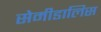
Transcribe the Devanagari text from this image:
सेमीडालिस